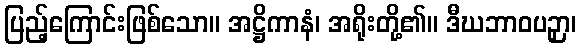
ပြည့်ကြောင်းဖြစ်သော။ အဋ္ဌိကာနံ၊ အရိုးတို့၏။ ဒီဃဘာဝပဉှာ၊